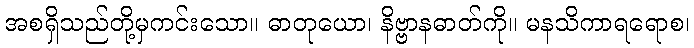
အစရှိသည်တို့မှကင်းသော။ ဓာတုယော၊ နိဗ္ဗာနဓာတ်ကို။ မနသိကာရရောစ၊